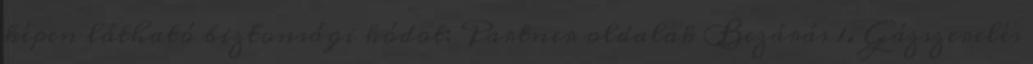
képen látható biztonsági kódot: Partner oldalak Bezárás 1. Gázszerelés